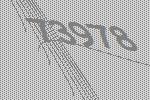
73978